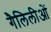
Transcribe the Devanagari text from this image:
गैलिलीओं